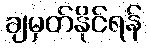
ချမှတ်နိုင်ရန်